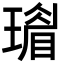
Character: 𤩣